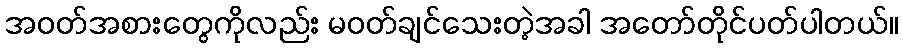
အဝတ်အစားတွေကိုလည်း မဝတ်ချင်သေးတဲ့အခါ အတော်တိုင်ပတ်ပါတယ်။